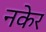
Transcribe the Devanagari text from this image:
नकेर